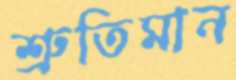
শ্রুতিমান